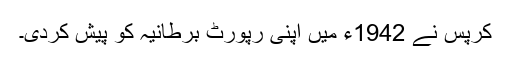
کرپس نے 1942ء میں اپنی رپورٹ برطانیہ کو پیش کردی۔